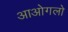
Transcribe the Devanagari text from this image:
आओगलो